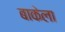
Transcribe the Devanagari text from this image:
बाकेला